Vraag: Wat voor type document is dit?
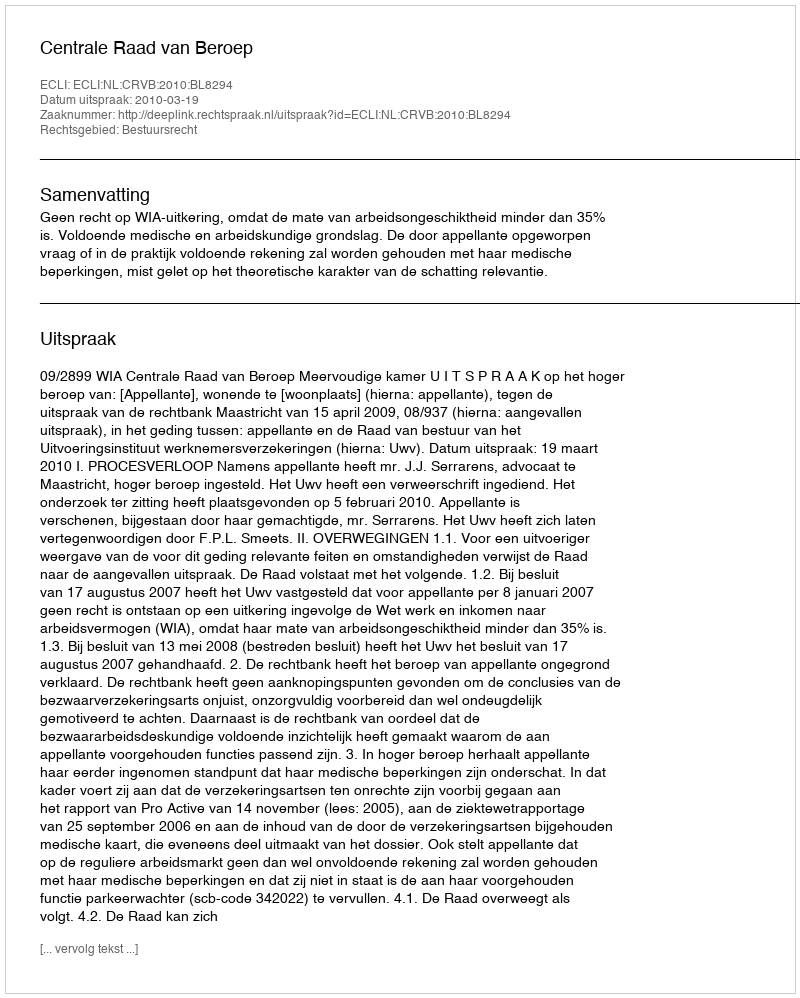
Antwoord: Uitspraak